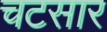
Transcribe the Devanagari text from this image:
चटसार